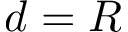
d = R